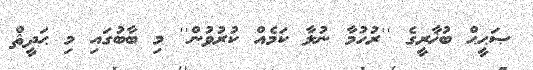
ޞަޙީޙް ބުޚާރީގެ ''ރުހުމާ ނުލާ ކަމެއް ކުރުވުން'' މި ބާބުގައި މި ޙަދީޘް